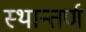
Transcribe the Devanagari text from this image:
स्थान्तर्ण